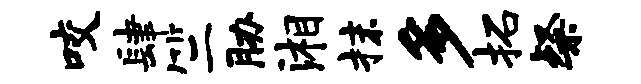
咬肆竺胁湘抹多拓粲